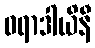
ဝရာဒါယိနီ